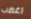
اغضب